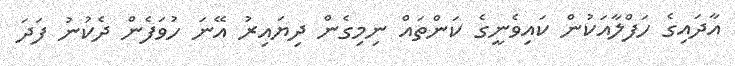
އާދައިގެ ހަފްލާއަކުން ކައިވެނީގެ ކަންތައް ނިމިގެން ދިޔައިރު އޭނަ ހުވަފެން ދެކުނު ފަދަ